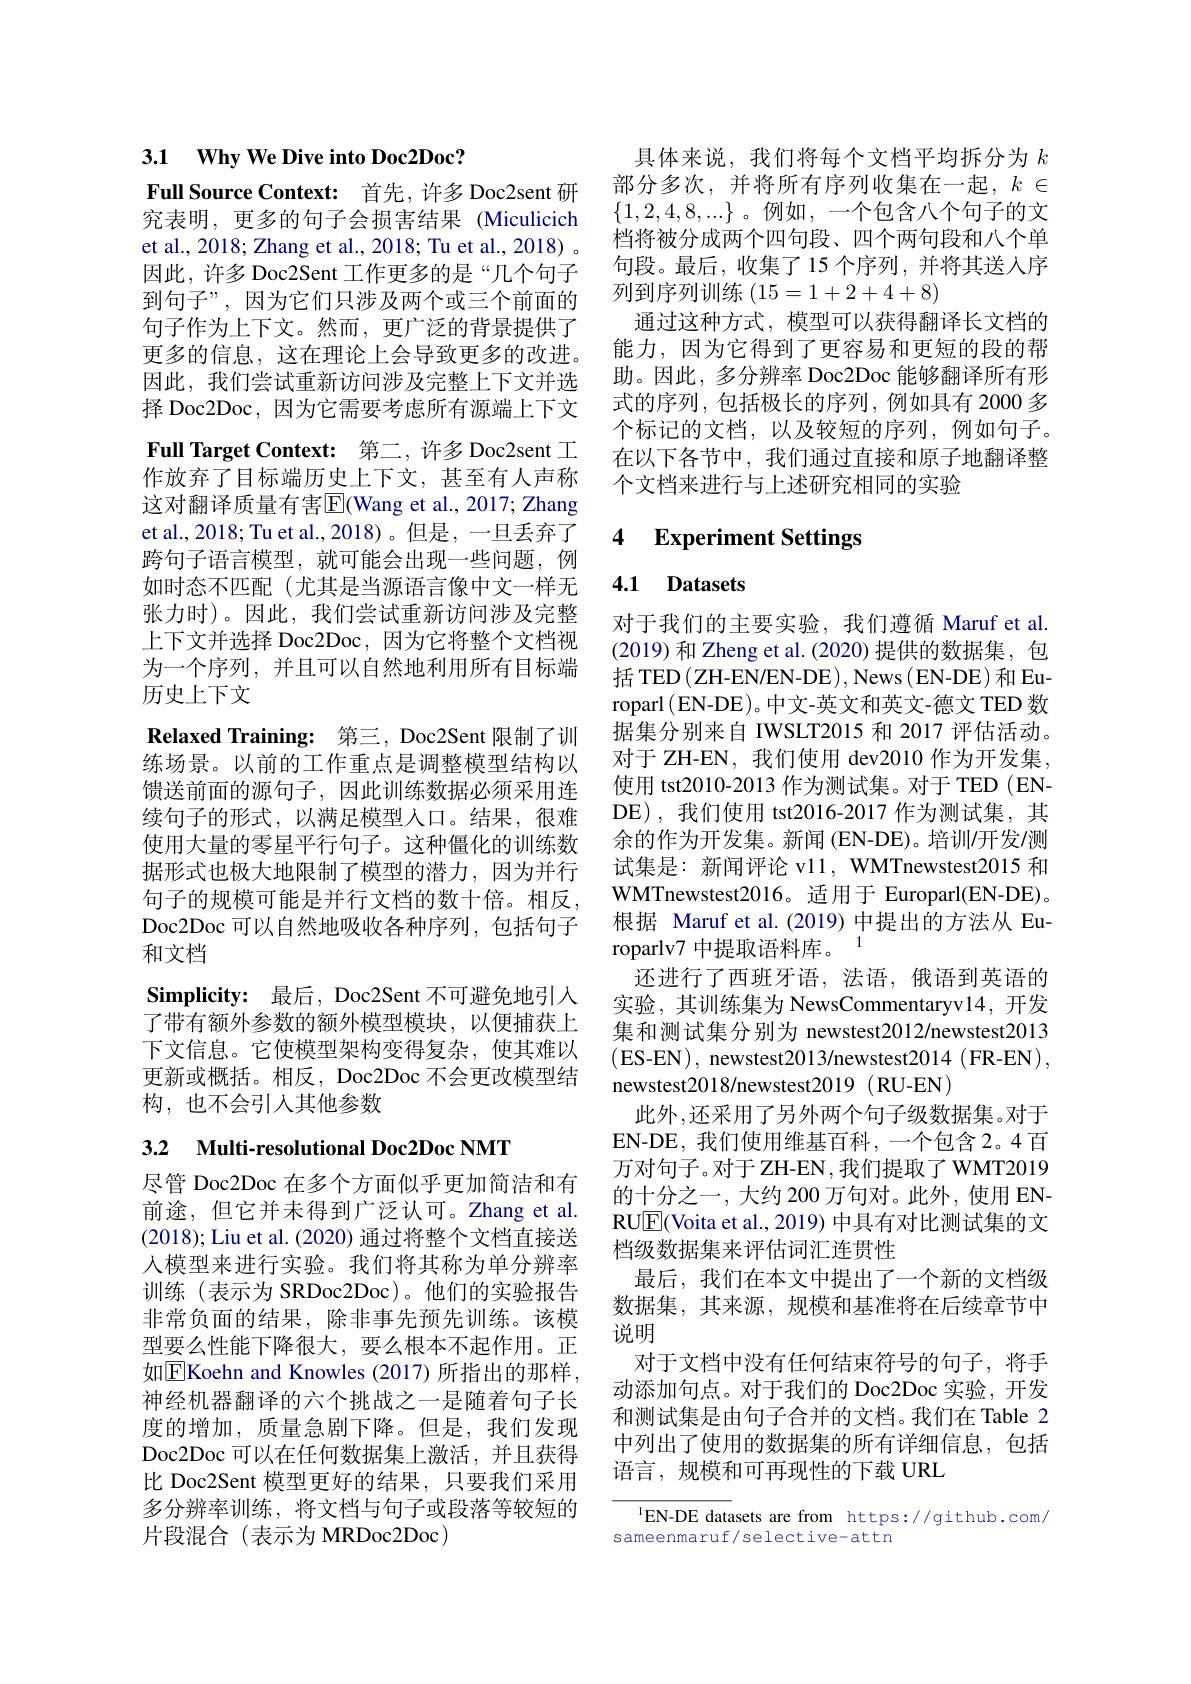
3.1 Why We Dive into Doc2Doc?

Full Source Context: 首先，许多 Doc2sent 研究表明，更多的句子会损害结果 (Miculicich et al., 2018; Zhang et al., 2018; Tu et al., 2018) 。因此，许多 Doc2Sent 工作更多的是“几个句子到句子”,因为它们只涉及两个或三个前面的句子作为上下文。然而，更广泛的背景提供了更多的信息，这在理论上会导致更多的改进。因此，我们尝试重新访问涉及完整上下文并选择 Doc2Doc, 因为它需要考虑所有源端上下文Full Target Context: 第二，许多 Doc2sent 工作放弃了目标端历史上下文，甚至有人声称这对翻译质量有害$\overline{\mathrm{E}}$(Wang et al., 2017; Zhang et al., 2018; Tu et al., 2018)。但是，一旦丢弃了跨句子语言模型，就可能会出现一些问题，例如时态不匹配(尤其是当源语言像中文一样无张力时)。因此，我们尝试重新访问涉及完整上下文并选择 Doc2Doc, 因为它将整个文档视为一个序列，并且可以自然地利用所有目标端历史上下文
$\textbf{Relaxed Training: 第 三 , Doc2Sent 限 制 了 训 }$ 练场景。以前的工作重点是调整模型结构以馈送前面的源句子，因此训练数据必须采用连续句子的形式，以满足模型人口。结果，很难使用大量的零星平行句子。这种僵化的训练数据形式也极大地限制了模型的潜力，因为并行句子的规模可能是并行文档的数十倍。相反， Doc2Doc 可以自然地吸收各种序列，包括句子和文档
Simplicity: 最后，Doc2Sent 不可避免地引入了带有额外参数的额外模型模块，以便捕获上下文信息。它使模型架构变得复杂，使其难以更新或概括。相反，Doc2Doc 不会更改模型结构，也不会引入其他参数
3.2 Multi-resolutional Doc2Doc NMT

尽管 Doc2Doc 在多个方面似乎更加简洁和有前途，但它并未得到广泛认可。Zhang et al. (2018);Liu et al.(2020) 通过将整个文档直接送人模型来进行实验。我们将其称为单分辨率训练(表示为 SRDoc2Doc)。他们的实验报告非常负面的结果，除非事先预先训练。该模型要么性能下降很大，要么根本不起作用。正如$\boxed{\mathrm{E}}$Koehn and Knowles (2017)所指出的那样， 神经机器翻译的六个挑战之一是随着句子长度的增加，质量急剧下降。但是，我们发现Doc2Doc 可以在任何数据集上激活，并且获得比 Doc2Sent 模型更好的结果，只要我们采用多分辨率训练，将文档与句子或段落等较短的片段混合(表示为 MRDoc2Doc)

具体来说，我们将每个文档平均拆分为$k$ 部分多次，并将所有序列收集在一起，$k\in$ $\{1,2,4,8,...\}$。例如，一个包含八个句子的文档将被分成两个四句段、四个两句段和八个单句段。最后，收集了15 个序列，并将其送人序列到序列训练(15=1+2+4+8)
通过这种方式，模型可以获得翻译长文档的能力，因为它得到了更容易和更短的段的帮助。因此，多分辨率 Doc2Doc 能够翻译所有形式的序列，包括极长的序列，例如具有 2000多个标记的文档，以及较短的序列，例如句子。在以下各节中，我们通过直接和原子地翻译整个文档来进行与上述研究相同的实验

### 4 $\textbf{Experiment Settings}$

### 4.1 Datasets

对于我们的主要实验，我们遵循 Maruf et al. (2019)和 Zheng et al.(2020)提供的数据集，包$\operatorname{\text{括 TED}}\left(\mathrm{ZH-EN/EN-DE}\right),\operatorname{News}\left(\mathrm{EN-DE}\right)$和Europarl (EN-DE)。中文-英文和英文-德文 TED 数据集分别来自 IWSLT2015 和 2017 评估活动。对于 ZH-EN, 我们使用 dev2010 作为开发集。使用 tst2010-2013 作为测试集。对于 TED (ENDE),我们使用 tst2016-2017 作为测试集，其余的作为开发集。新闻 (EN-DE)。培训/开发/测试集是：新闻评论 v11, WMTnewstest2015 和WMTnewstest2016。适用于 Europarl(EN-DE)。根据 Maruf et al.(2019) 中提出的方法从 Europarlv7 中提取语料库。1
还进行了西班牙语，法语，俄语到英语的实验，其训练集为 NewsCommentaryv14,开发集和测试集分别为 newstest2012/newstest2013 (ES-EN), newstest2013/newstest2014(FR-EN), newstest2018/newstest2019 (RU-EN)
此外，还采用了另外两个句子级数据集。对于EN-DE, 我们使用维基百科，一个包含 2。4 百万对句子。对于 ZH-EN,我们提取了 WMT2019的十分之一，大约 200 万句对。此外，使用 ENRUE(Voita et al., 2019) 中具有对比测试集的文档级数据集来评估词汇连贯性
最后，我们在本文中提出了一个新的文档级数据集，其来源，规模和基准将在后续章节中说明
对于文档中没有任何结束符号的句子，将手动添加句点。对于我们的 Doc2Doc 实验，开发和测试集是由句子合并的文档。我们在 Table 2中列出了使用的数据集的所有详细信息，包括语言，规模和可再现性的下载 URL

$^{1}$EN-DE datasets are from https://github.com/
sameenmaruf/selective-attn